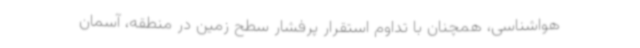
هواشناسی، همچنان با تداوم استقرار پرفشار سطح زمین در منطقه، آسمان